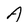
Character: A